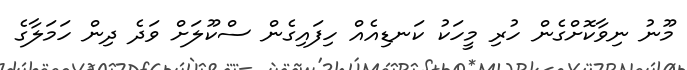
މޫނު ނިވާކޮށްގެން ހުރި މީހަކު ކަނޑިއެއް ހިފައިގެން ސްކޫލަށް ވަދެ ދިން ހަމަލާގެ